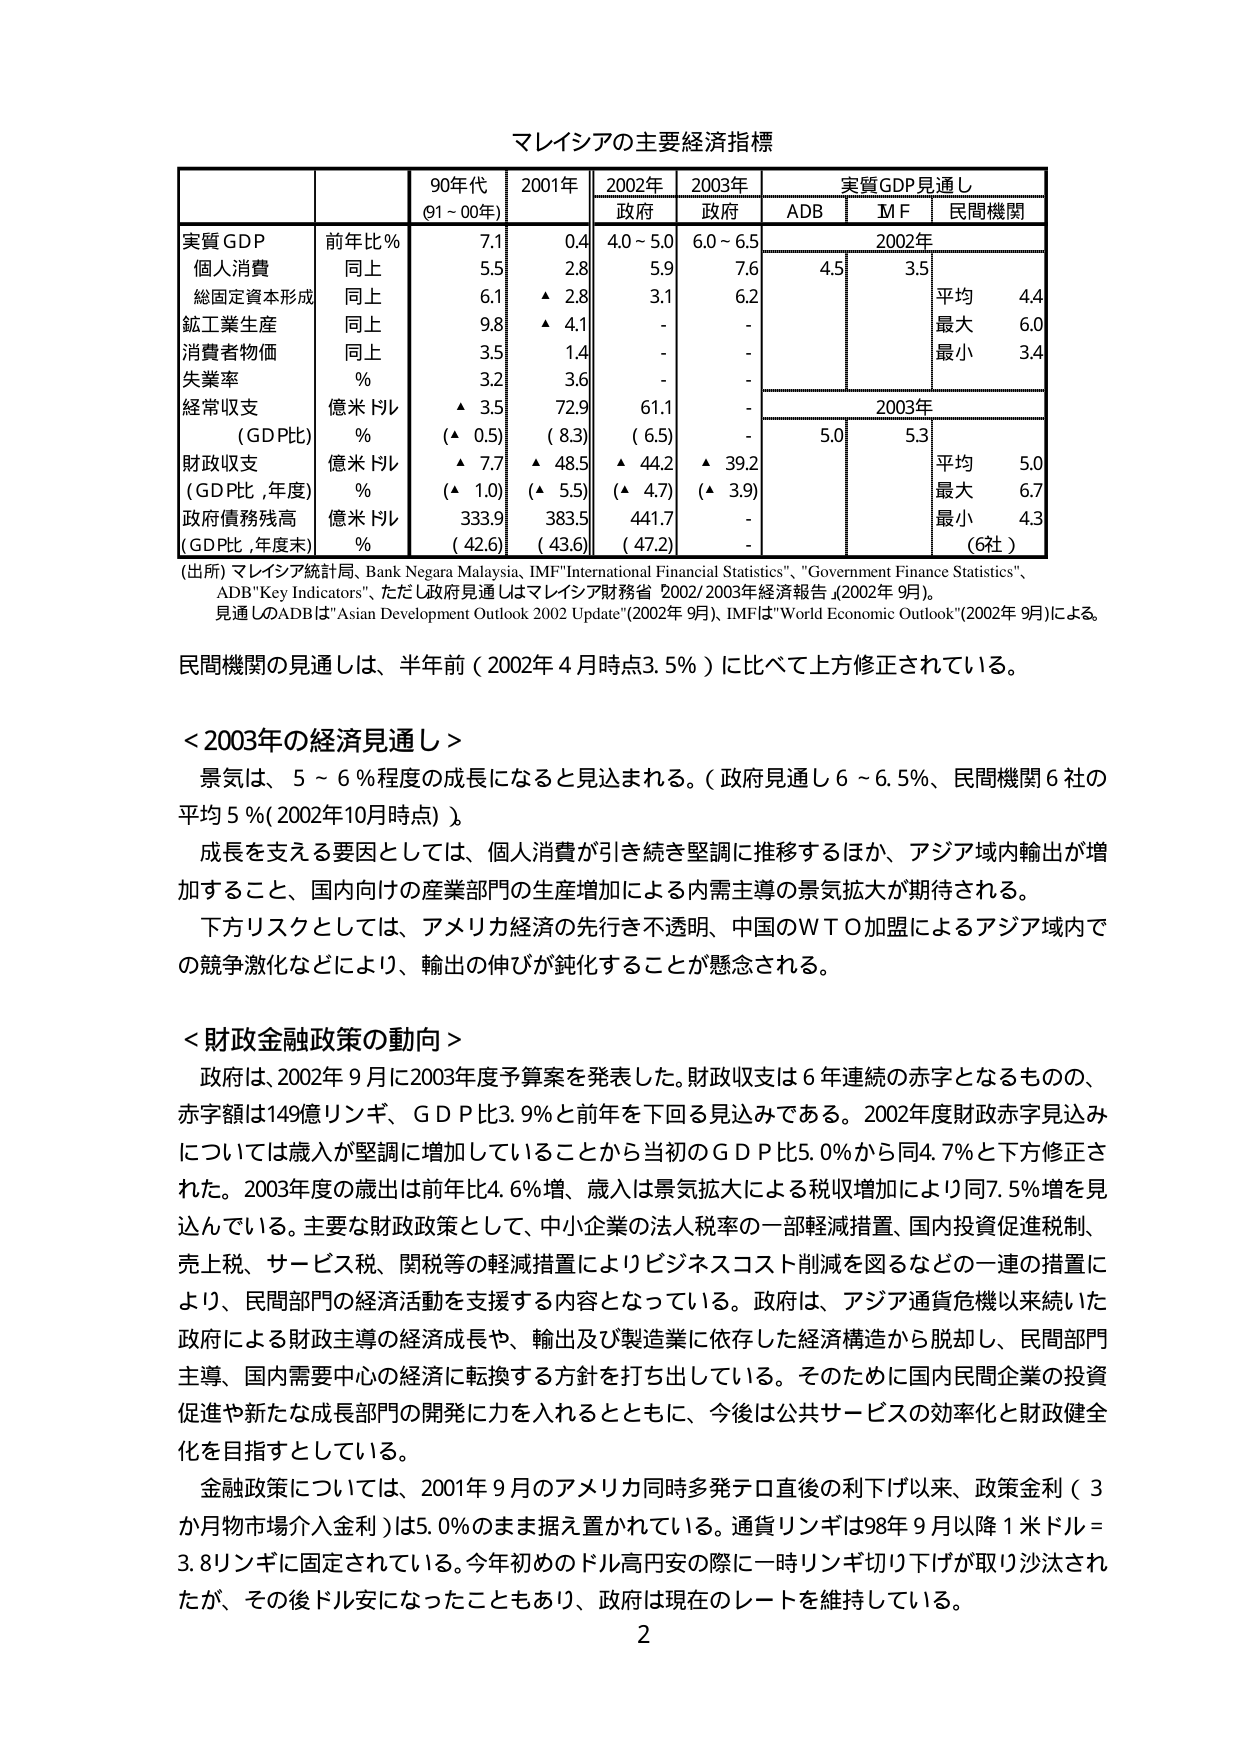
マレーシアの主要経済指標

| | | 90年代 (91～00年) | 2001年 | 2002年 | 2003年 | 実質GDP見通し |
|---|---|---|---|---|---|---|
| | | | | 政府 | 政府 | ADB | M F | 民間機関 |
| 実質GDP | 前年比％ | 7.1 | 0.4 | 4.0～5.0 | 6.0～6.5 | | | |
| 個人消費 | 同上 | 5.5 | 2.8 | 5.9 | 7.6 | 4.5 | 3.5 | |
| 総固定資本形成 | 同上 | 6.1 | ▲ 2.8 | 3.1 | 6.2 | | | 平均 4.4 |
| 鉱工業生産 | 同上 | 9.8 | ▲ 4.1 | - | - | | | 最大 6.0 |
| 消費者物価 | 同上 | 3.5 | 1.4 | - | - | | | 最小 3.4 |
| 失業率 | ％ | 3.2 | 3.6 | - | - | | | |
| 経常収支 | 億米ドル | ▲ 3.5 | 72.9 | 61.1 | - | | | |
| （GDP比） | ％ | （▲ 0.5） | （8.3） | （6.5） | - | 5.0 | 5.3 | |
| 財政収支 | 億米ドル | ▲ 7.7 | ▲ 48.5 | ▲ 44.2 | ▲ 39.2 | | | 平均 5.0 |
| （GDP比，年度） | ％ | （▲ 1.0） | （▲ 5.5） | （▲ 4.7） | （▲ 3.9） | | | 最大 6.7 |
| 政府債務残高 | 億米ドル | 333.9 | 383.5 | 441.7 | - | | | 最小 4.3 |
| （GDP比，年度末） | ％ | （42.6） | （43.6） | （47.2） | - | | | （6社） |

（出所）マレーシア統計局、Bank Negara Malaysia、IMF"International Financial Statistics"、"Government Finance Statistics"、ADB"Key Indicators"、ただし政府見通しはマレーシア財務省 2002/2003年経済報告（2002年9月）。見通しのADBは" Asian Development Outlook 2002 Update"（2002年9月）、IMFは"World Economic Outlook"（2002年9月）による。

民間機関の見通しは、半年前（2002年4月時点3.5％）に比べて上方修正されている。

＜2003年の経済見通し＞
景気は、5～6％程度の成長になると思われる。（政府見通し6～6.5％、民間機関6社の平均5％（2002年10月時点））。
成長を支える要因としては、個人消費が引き続き堅調に推移するほか、アジア域内輸出が増加すること、国内向けの産業部門の生産増加による内需主導の景気拡大が期待される。
下方リスクとしては、アメリカ経済の先行き不透明、中国のWTO加盟によるアジア域内での競争激化などにより、輸出の伸びが鈍化することが懸念される。

＜財政金融政策の動向＞
政府は、2002年9月に2003年度予算案を発表した。財政収支は6年連続の赤字となるものの、赤字額は149億リンギ、GDP比3.9％と前年を下回る見込みである。2002年度財政赤字見込みについては歳入が堅調に増加していることから当初のGDP比5.0％から同4.7％と下方修正された。2003年度の歳出は前年比4.6％増、歳入は景気拡大による税収増加により同7.5％増を見込んでいる。主要な財政政策として、中小企業の法人税率の一部軽減措置、国内投資促進税制、売上税、サービス税、関税等の軽減措置によりビジネスコスト削減を図るなどの一連の措置により、民間部門の経済活動を支援する内容となっている。政府は、アジア通貨危機以来続いた政府による財政主導の経済成長や、輸出及び製造業に依存した経済構造から脱却し、民間部門主導、国内需要中心の経済に転換する方針を打ち出している。そのため国内民間企業の投資促進や新たな成長部門の開発に力を入れるとともに、今後は公共サービスの効率化と財政健全化を目指すとしている。
金融政策については、2001年9月のアメリカ同時多発テロ直後の利下げ以来、政策金利（3か月物市場介入金利）は5.0％のまま据え置かれている。通貨リンギは98年9月以降1米ドル＝3.8リンギに固定されている。今年初めのドル高円安の際に一時リンギ切り下げが取り沙汰されたが、その後ドル安になったこともあり、政府は現在のレートを維持している。

2